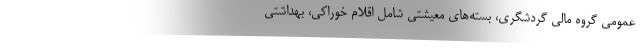
عمومی گروه مالی گردشگری، بسته‌های معیشتی شامل اقلام خوراکی، بهداشتی